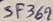
Text: SF369